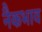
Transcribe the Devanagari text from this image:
नैकभाव